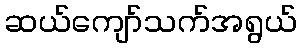
ဆယ်ကျော်သက်အရွယ်